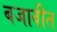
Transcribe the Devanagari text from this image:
बजावीत